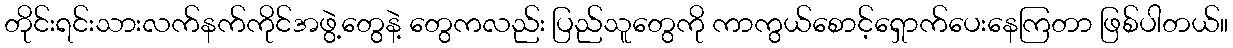
တိုင်းရင်းသားလက်နက်ကိုင်အဖွဲ့တွေနဲ့ တွေကလည်း ပြည်သူတွေကို ကာကွယ်စောင့်ရှောက်ပေးနေကြတာ ဖြစ်ပါတယ်။